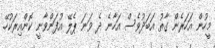
މީހުން އަހަރެން ގާތު އަބަދުވެސް އަހާނެ ދެ ވަނަ ޕެލޭ އުފަންވާނީ ކޮންއިރަކުހޭ.